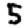
Digit: 5